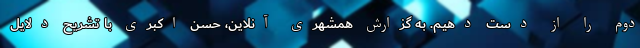
دوم را از دست دهیم. به گزارش همشهری آنلاین، حسن اکبری با تشریح دلایل